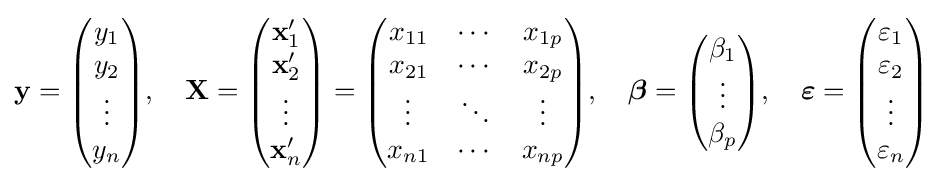
\mathbf {y} ={\begin{pmatrix}y_{1}\\y_{2}\\\vdots \\y_{n}\end{pmatrix}},\quad \mathbf {X} ={\begin{pmatrix}\mathbf {x} '_{1}\\\mathbf {x} '_{2}\\\vdots \\\mathbf {x} '_{n}\end{pmatrix}}={\begin{pmatrix}x_{11}&\cdots &x_{1p}\\x_{21}&\cdots &x_{2p}\\\vdots &\ddots &\vdots \\x_{n1}&\cdots &x_{np}\end{pmatrix}},\quad {\boldsymbol {\beta }}={\begin{pmatrix}\beta _{1}\\\vdots \\\beta _{p}\end{pmatrix}},\quad {\boldsymbol {\varepsilon }}={\begin{pmatrix}\varepsilon _{1}\\\varepsilon _{2}\\\vdots \\\varepsilon _{n}\end{pmatrix}}